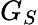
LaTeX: G_{S}